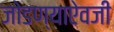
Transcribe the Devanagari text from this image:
जोडण्याऐवजी